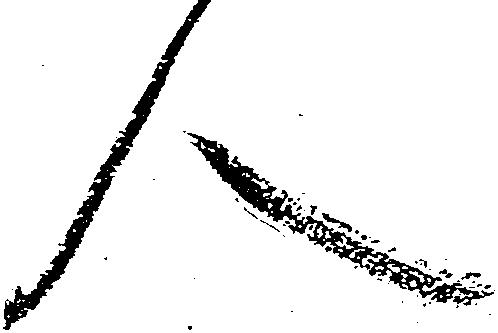
人